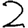
Digit: 2